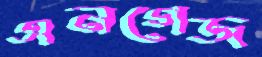
এনগেজ